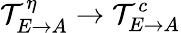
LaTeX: \mathcal T_{E\rightarrow A}^{\eta}\rightarrow\mathcal T_{E\rightarrow A}^{c}